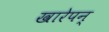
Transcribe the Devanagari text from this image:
खारेपन्